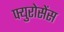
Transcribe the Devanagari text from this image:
फ्युरोसेंस